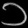
Digit: ၁